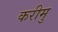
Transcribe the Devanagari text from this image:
करीमु